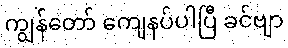
ကျွန်တော် ကျေနပ်ပါပြီ ခင်ဗျာ